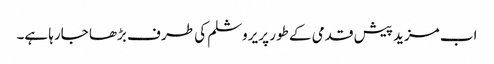
اب مزید پیش قدمی کے طور پر یروشلم کی طر ف بڑھا جارہا ہے۔